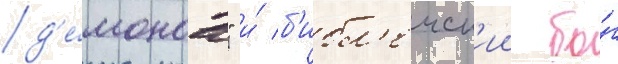
д'е́монов" и́ б'ибл'еиск'ии бо́г